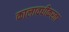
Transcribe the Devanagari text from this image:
कालावधीकरता